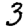
Digit: 3